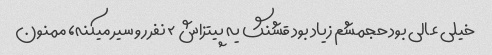
خیلی عالی بود حجمشم زیاد بود قشنگ یه پیتزاش ۲ نفر رو سیر میکنه، ممنون